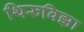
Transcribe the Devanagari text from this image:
थिरुविझा